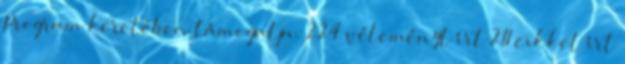
Program keretében támogatja. 224 véleményt írt 211 cikket írt